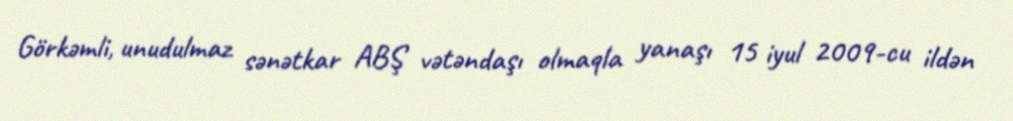
Görkəmli, unudulmaz sənətkar ABŞ vətəndaşı olmaqla yanaşı 15 iyul 2009-cu ildən